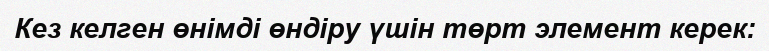
Кез келген өнімді өндіру үшін төрт элемент керек: